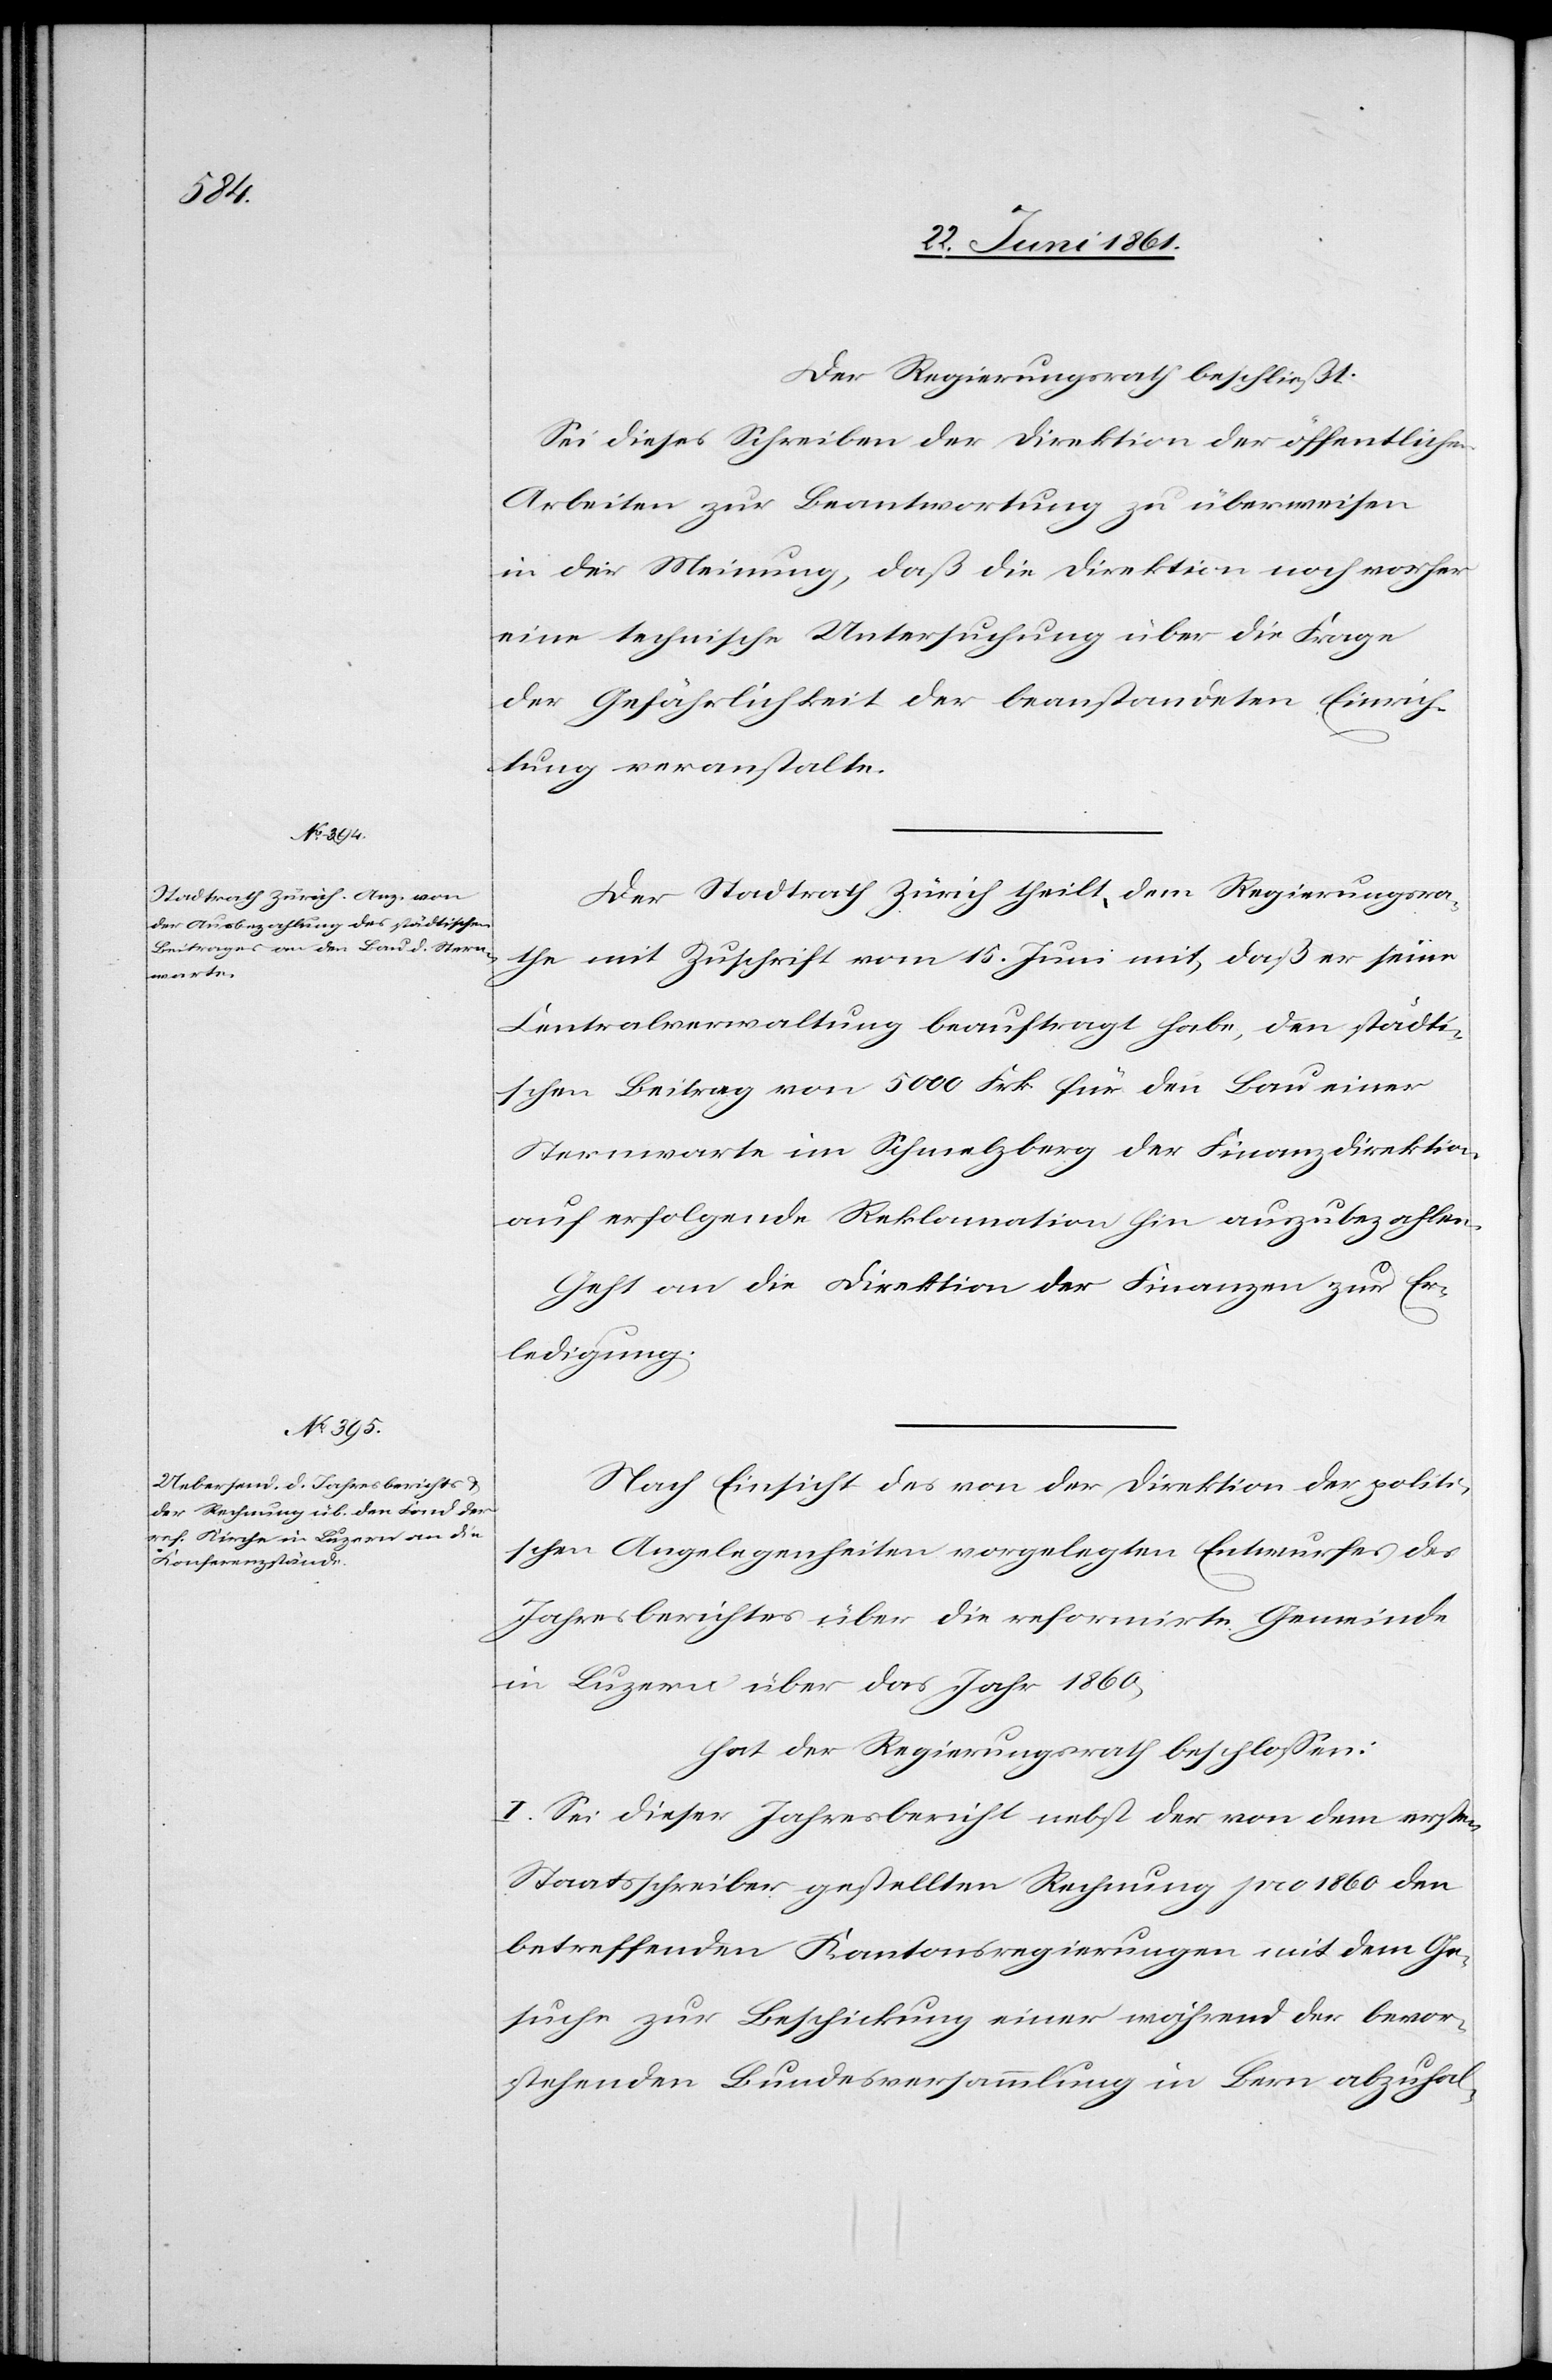
Der Regierungsrath beschließt:
Sei dieses Schreiben der Direktion der öffentlichen
Arbeiten zur Beantwortung zu überweisen
in der Meinung, daß die Direktion noch vorher
eine technische Untersuchung über die Frage
der Gefährlichkeit der beanstandeten Einrich¬
tung veranstalte.
Der Stadtrath Zürich theilt dem Regierungsra¬
the mit Zuschrift vom 15. Juni mit, daß er seine
Centralverwaltung beauftragt habe, den städti¬
schen Beitrag von 5000 Frk. für den Bau einer
Sternwarte im Schmelzberg der Finanzdirektion
auf erfolgende Reklamation hin auszubezahlen.
Geht an die Direktion der Finanzen zur Er¬
ledigung.
Nach Einsicht des von der Direktion der politi¬
schen Angelegenheiten vorgelegten Entwurfes des
Jahresberichtes über die reformirte Gemeinde
in Luzern über das Jahr 1860,
Hat der Regierungsrath beschlossen:
I. Sei dieser Jahresbericht nebst der von dem ersten
Staatsschreiber gestellten Rechnung pro 1860 der
betreffenden Kantonsregierungen mit dem Ge¬
suche zur Beschickung einer während der bevor¬
stehenden Bundesversammlung in Bern abzuhal-